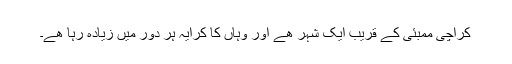
کراچی ممبئی کے قریب ایک شہر ھے اور وہاں کا کرایہ ہر دور میں زیادہ رہا ھے۔